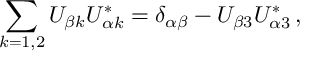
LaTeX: \sum _ { k = 1 , 2 } U _ { { \beta } k } U _ { { \alpha } k } ^ { * } = \delta _ { \alpha \beta } - U _ { { \beta } 3 } U _ { { \alpha } 3 } ^ { * } \, ,